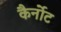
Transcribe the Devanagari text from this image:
कैर्नोट